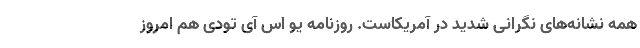
همه نشانه‌های نگرانی شدید در آمریکاست. روزنامه یو اس آی تودی هم امروز